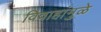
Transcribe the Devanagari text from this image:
विवाहांमुळे